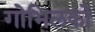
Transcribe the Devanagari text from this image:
गोभिलको